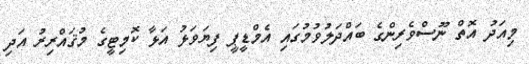
މިއަދު އޮތް ނޫސްވެރިންގެ ބައްދަލުވުމުގައި އެމްޑީޕީ ފިޔަވަޅު އަޅާ ކޮމިޓީގެ މުޤައްރިރު އަދި